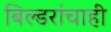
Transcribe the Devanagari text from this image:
बिल्डरांचाही